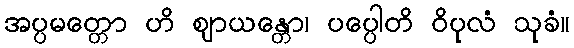
အပ္ပမတ္တော ဟိ ဈာယန္တော၊ ပပ္ပေါတိ ဝိပုလံ သုခံ။